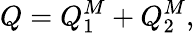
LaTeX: Q=Q_{1}^{M}+Q_{2}^{M},